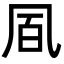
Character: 凮